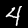
Digit: 4